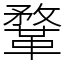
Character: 鞪